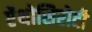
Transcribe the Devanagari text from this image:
ऐंथोसिरोटी